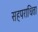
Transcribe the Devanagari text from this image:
सहपराधिता